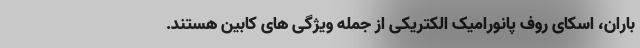
باران، اسکای روف پانورامیک الکتریکی از جمله ویژگی های کابین هستند.